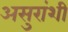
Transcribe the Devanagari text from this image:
असुरांशी